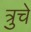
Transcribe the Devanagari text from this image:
त्रुचे